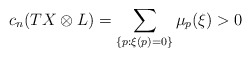
\begin{align*}c_n(TX\otimes L)=\sum\limits_{\{p: \xi (p)=0\}} \mu_p(\xi)>0\end{align*}